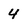
Character: 4